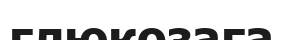
глюкозаға